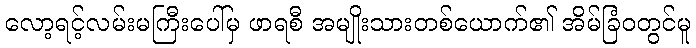
လော့ရင့်လမ်းမကြီးပေါ်မှ ဖာရစီ အမျိုးသားတစ်ယောက်၏ အိမ်ခြံဝတွင်မူ